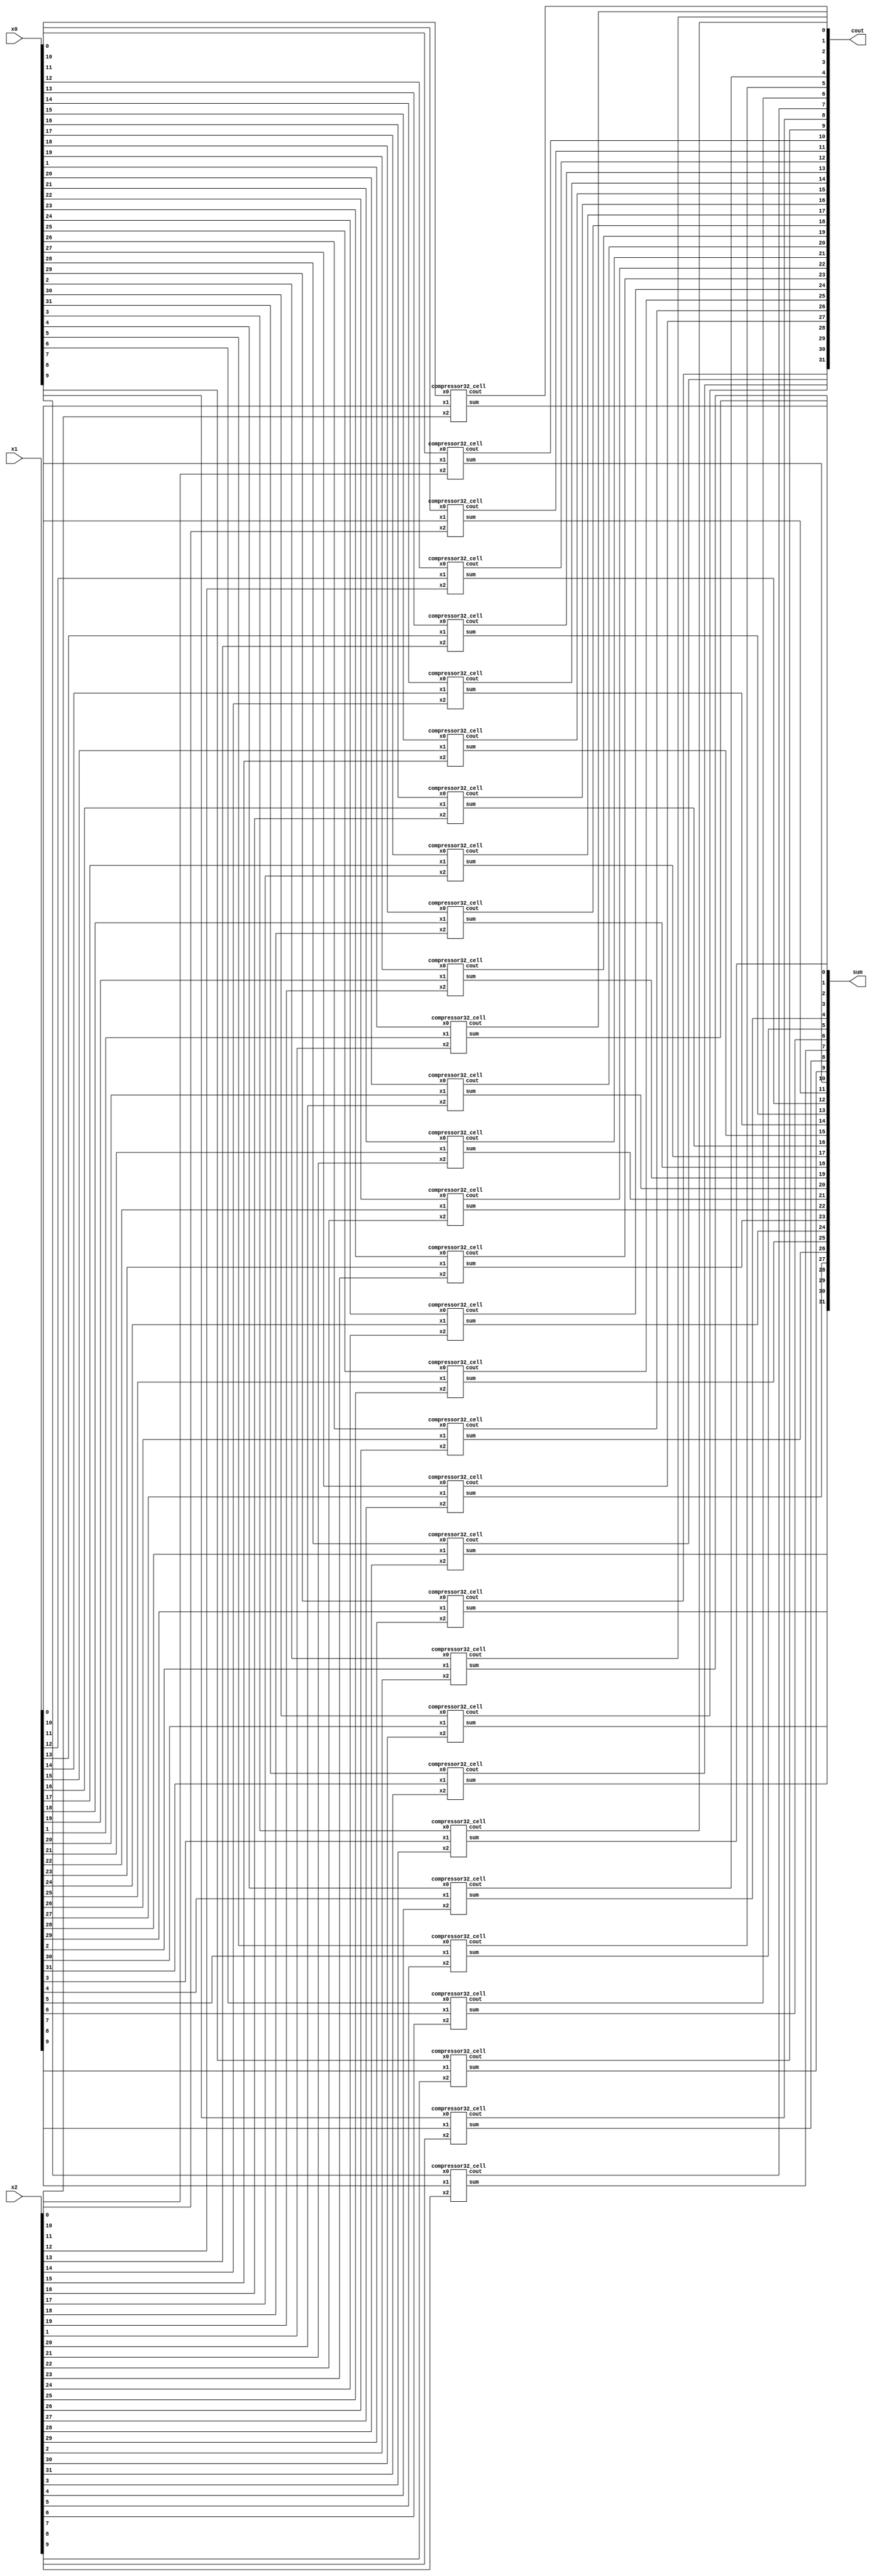
module compressor32 #(
    parameter WIDTH = 32
)(
    input   [WIDTH-1:0]     x0,
    input   [WIDTH-1:0]     x1,
    input   [WIDTH-1:0]     x2,

    output  [WIDTH-1:0]     cout,
    output  [WIDTH-1:0]     sum
);

    genvar i;
    generate
        for(i = 0;i < WIDTH; i = i + 1) begin: CELLS
            compressor32_cell u_compressor32_cell(
                .x0                 (x0[i]),
                .x1                 (x1[i]),
                .x2                 (x2[i]),
                .cout               (cout[i]),
                .sum                (sum[i])
            );
        end
    endgenerate

endmodule


module compressor32_cell(
    input   x0,
    input   x1,
    input   x2,

    output  cout,
    output  sum
);

    assign cout = (x0 & x1) || (x2 && (x0 || x1)); // cout=a0a1+a2(a0+a1)
    assign sum = x0 ^ x1 ^ x2;

endmodule